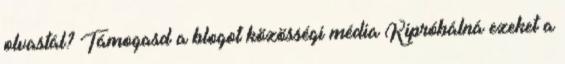
olvastál? Támogasd a blogot közösségi média Kipróbálná ezeket a